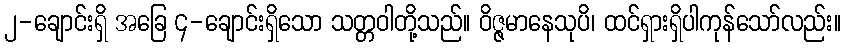
၂-ချောင်းရှိ အခြေ ၄-ချောင်းရှိသော သတ္တဝါတို့သည်။ ဝိဇ္ဇမာနေသုပိ၊ ထင်ရှားရှိပါကုန်သော်လည်း။